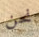
نحن